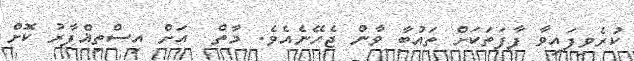
ކުރެވިފައިވާ ފާފަތަކަށް ތައުބާ ވާން ޖެހޭނެއެވެ. މާތް  އަށް އިސްތިޣްފާރު ކޮށް